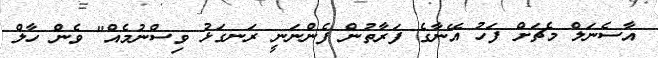
އާސެނަލް މެޗަށް ފަހު އޭނާގެ ފަރާތުން ފެންނަނީ ރަނގަޅު ވިސްނުމެއް" ވެން ހާލް